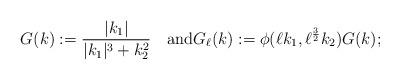
LaTeX: \begin{align*}G(k):=\frac{|k_1|}{|k_1|^3+k_2^2}\quad\mbox{and}G_\ell(k):=\phi(\ell k_1,\ell^\frac{3}{2}k_2)G(k);\end{align*}